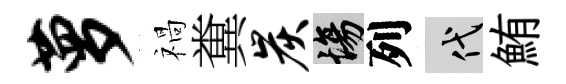
萝禍糞炭場列代鮪